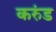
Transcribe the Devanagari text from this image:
करुंड